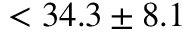
< 3 4 . 3 \pm 8 . 1